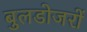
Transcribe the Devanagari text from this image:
बुलडोजरों